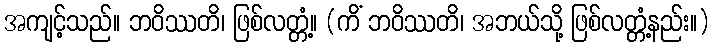
အကျင့်သည်။ ဘဝိဿတိ၊ ဖြစ်လတ္တံ့။ (ကိံ ဘဝိဿတိ၊ အဘယ်သို့ ဖြစ်လတ္တံ့နည်း။)